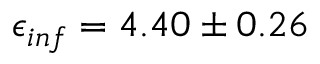
\epsilon _ { i n f } = 4 . 4 0 \pm 0 . 2 6